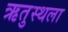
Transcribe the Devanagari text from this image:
ऋतुस्थला